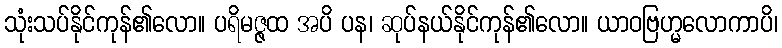
သုံးသပ်နိုင်ကုန်၏လော။ ပရိမဇ္ဇထ အပိ ပန၊ ဆုပ်နယ်နိုင်ကုန်၏လော။ ယာဝဗြဟ္မလောကာပိ၊